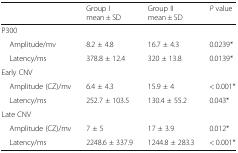
<table><thead><tr><td></td><td><b>Group Imean ± SD</b></td><td><b>Group IImean ± SD</b></td><td><b><i>P</i> value</b></td></tr></thead><tbody><tr><td colspan="4">P300</td></tr><tr><td> Amplitude/mv</td><td>8.2 ± 4.8</td><td>16.7 ± 4.3</td><td>0.0239*</td></tr><tr><td> Latency/ms</td><td>378.8 ± 12.4</td><td>320 ± 13.8</td><td>0.0139*</td></tr><tr><td colspan="4">Early CNV</td></tr><tr><td> Amplitude (CZ)/mv</td><td>6.4 ± 4.3</td><td>15.9 ± 4</td><td>&lt; 0.001*</td></tr><tr><td> Latency/ms</td><td>252.7 ± 103.5</td><td>130.4 ± 55.2</td><td>0.043*</td></tr><tr><td colspan="4">Late CNV</td></tr><tr><td> Amplitude (CZ)/mv</td><td>7 ± 5</td><td>17 ± 3.9</td><td>0.012*</td></tr><tr><td> Latency/ms</td><td>2248.6 ± 337.9</td><td>1244.8 ± 283.3</td><td>&lt; 0.001*</td></tr></tbody></table>